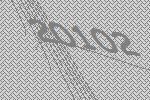
20102